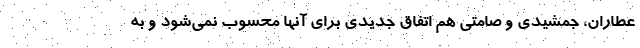
عطاران، جمشیدی و صامتی هم اتفاق جدیدی برای آنها محسوب نمی‌شود و به